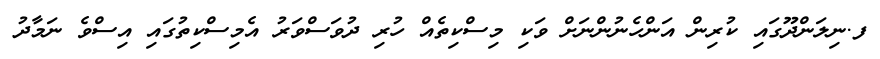
ފ.ނިލަންދޫގައި ކުރިން އަންހެނުންނަށް ވަކި މިސްކިތެއް ހުރި ދުވަސްވަރު އެމިސްކިތުގައި އިސްވެ ނަމާދު